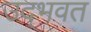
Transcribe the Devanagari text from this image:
उद्‌भवत